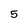
Character: 5